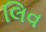
લિવ